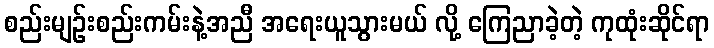
စည်းမျဉ်းစည်းကမ်းနဲ့အညီ အရေးယူသွားမယ် လို့ ကြေညာခဲ့တဲ့ ကုထုံးဆိုင်ရာ